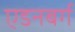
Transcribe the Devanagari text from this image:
एडनबर्ग